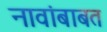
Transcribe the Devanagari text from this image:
नावांबाबत